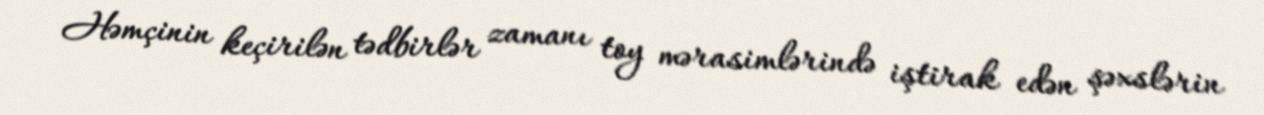
Həmçinin keçirilən tədbirlər zamanı toy mərasimlərində iştirak edən şəxslərin